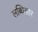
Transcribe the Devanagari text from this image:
लब्धिसार